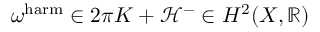
\omega ^ { \mathrm { h a r m } } \in 2 \pi K + { \mathcal { H } } ^ { - } \in H ^ { 2 } ( X , \mathbb { R } )